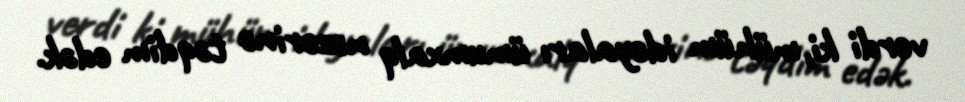
verdi ki, mühüm ideyaları ümumxalq nəzərinə təqdim edək.